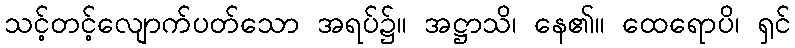
သင့်တင့်လျောက်ပတ်သော အရပ်၌။ အဋ္ဌာသိ၊ နေ၏။ ထေရောပိ၊ ရှင်